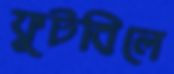
ফুটবিলে